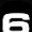
Digit: 6